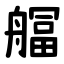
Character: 䒄